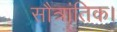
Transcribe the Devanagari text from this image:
सौत्रांतिक।